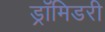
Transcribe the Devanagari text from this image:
ड्रॉमिडरी